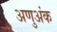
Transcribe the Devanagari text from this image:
अणुअंक